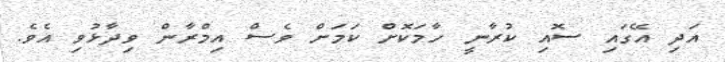
އަދި އޭގައި ސޮއި ކުރާނީ ހާމަކޮށް ކަމަށް ވެސް އިމްރާން ވިދާޅުވި އެވެ.